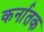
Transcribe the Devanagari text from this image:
कर्नातक